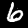
Digit: 6